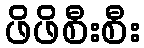
ဖိဖိစီးစီး